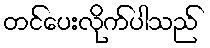
တင်ပေးလိုက်ပါသည်